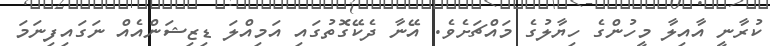
ކުރާނީ އާއިލާ މީހުންގެ ހިޔާލުގެ މައްޗަށެވެ. އޭނާ ދެކޭގޮތުގައި އަމިއްލަ ޑިޒިޝަންއެއް ނަގައިފިނަމަ